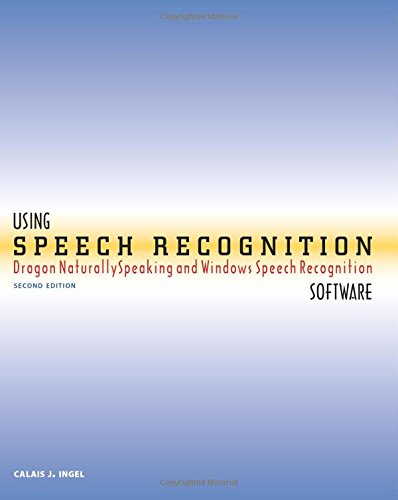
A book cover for Using Speech Recognition Software: Dragon NaturallySpeaking and Windows Speech Recognition, Second Edition; Calais J. Ingel; Business & Money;